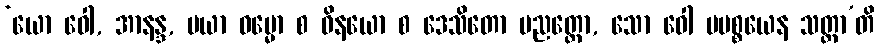
‘ယော ဝေါ, အာနန္ဒ, မယာ ဓမ္မော စ ဝိနယော စ ဒေသိတော ပညတ္တော, သော ဝေါ မမစ္စယေန သတ္ထာ’တိ